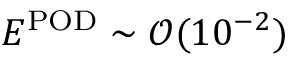
E ^ { \mathrm { P O D } } \sim \mathcal { O } ( 1 0 ^ { - 2 } )